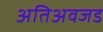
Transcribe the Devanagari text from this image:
अतिअवजड